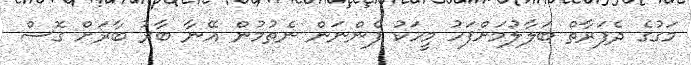
މަގުގެ ދެފަރާތް ބަލާލުމަށްފަހު މީހަކު ފެންނަން ނެތުމުން އޭނާ ބާރު ބާރަށް ގޮސް